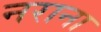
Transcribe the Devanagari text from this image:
नराना